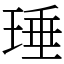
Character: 㻔